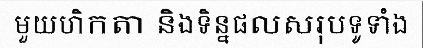
មួយហិកតា និងទិន្នផលសរុបទូទាំង